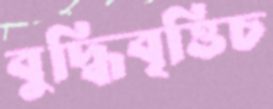
বুদ্ধিবৃত্তিচ